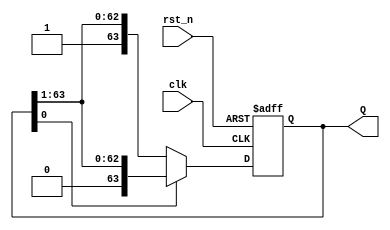
`timescale 1ns/1ns

module verified_JC_counter(
   input                clk ,
   input                rst_n,
 
   output reg [63:0]     Q  
);
    always@(posedge clk or negedge rst_n)begin
        if(!rst_n) Q <= 'd0;
        else if(!Q[0]) Q <= {1'b1, Q[63 : 1]};
        else Q <= {1'b0, Q[63 : 1]};
    end
endmodule